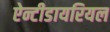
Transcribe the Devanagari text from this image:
ऐन्टीडायरियल